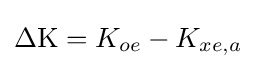
{\textstyle \Delta \mathrm {K} =K_{oe}-K_{xe,a}}